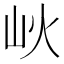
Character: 𡵼